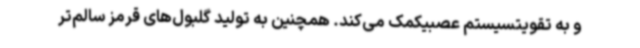
و به تقویتسیستم عصبیکمک می‌کند. همچنین به تولید گلبول‌های قرمز سالم‌تر